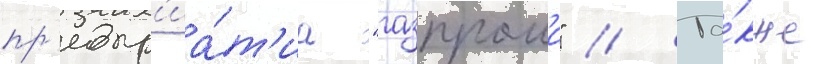
пр'едпр'иа́т'иа "газпрома" // Та́кже